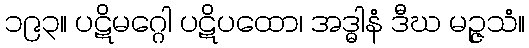
၁၉၃။ ပဋိမဂ္ဂေါ ပဋိပထော၊ အဒ္ဓါနံ ဒီဃ မဉ္ဇသံ။